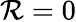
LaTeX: \mathcal{R}=0